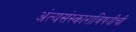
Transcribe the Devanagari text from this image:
अंत्यसंस्काराविषयीची